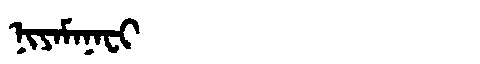
Manchu: ᠨᡳᠶᠠᠮᠠᠨᠠᠸᡳ
Romanization: NIYAMANAFI